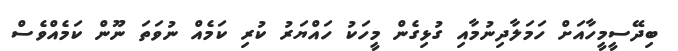
ބިދޭސީމީހާއަށް ހަމަލާދިނުމާއި ގުޅިގެން މީހަކު ހައްޔަރު ކުރި ކަމެއް ނުވަތަ ނޫން ކަމެއްވެސް